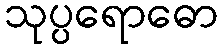
သုပ္ပရောဓော